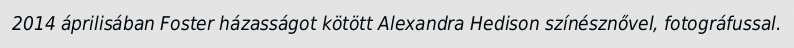
2014 áprilisában Foster házasságot kötött Alexandra Hedison színésznővel, fotográfussal.